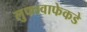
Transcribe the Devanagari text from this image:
लुफ्तवाफेकडे